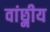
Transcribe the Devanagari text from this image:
वांछ्नीय